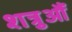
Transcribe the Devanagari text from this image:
शत्रुऔं